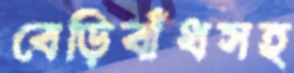
বেড়িবাঁধসহ